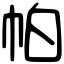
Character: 帕